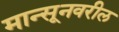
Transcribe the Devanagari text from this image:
मान्सूनवरील